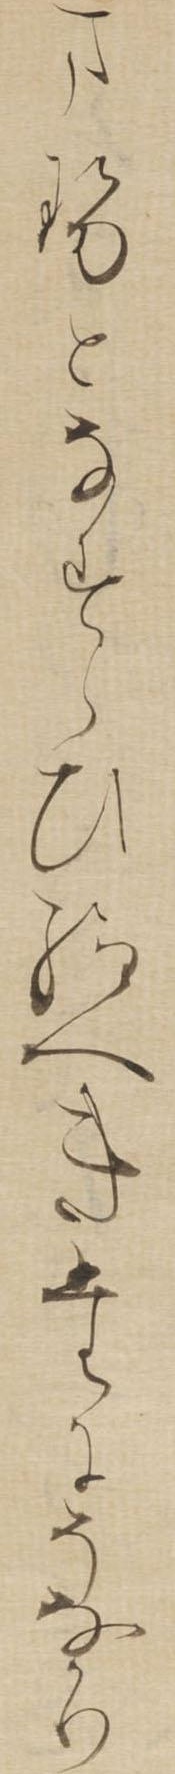
ませとなすらひ給へきたにそなかり